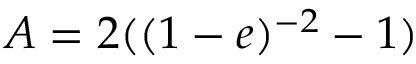
A = 2 ( ( 1 - e ) ^ { - 2 } - 1 )